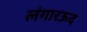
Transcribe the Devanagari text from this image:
लंगारऊद